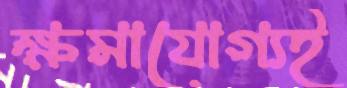
ক্ষমাযোগ্যই